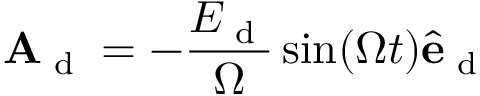
\mathbf { A } _ { \textrm { d } } = - \frac { E _ { \textrm { d } } } { \Omega } \sin ( \Omega t ) \hat { \mathbf { e } } _ { \textrm { d } }